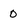
Character: 0